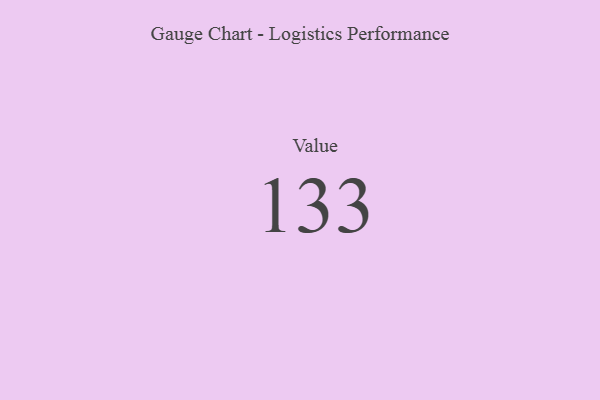
{"axis": {"x": "Metric", "y": "Value"}, "legend": [""], "data": [{"x": "Value", "y": 133, "type": ""}]}